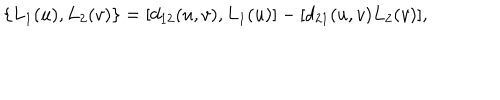
\{ L _ { 1 } ( u ) , L _ { 2 } ( v ) \} = [ d _ { 1 2 } ( u , v ) , L _ { 1 } ( u ) ] - [ d _ { 2 1 } ( u , v ) L _ { 2 } ( v ) ] ,